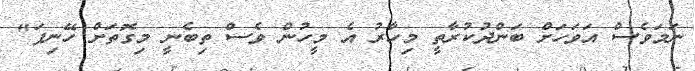
ނަމަވެސް އަވަހަށް ބަންދުކުރާތީ މިހާރު އެ މީހުން ވެސް ތިބެނީ މިގޮތަށް ހޭނިފަ"